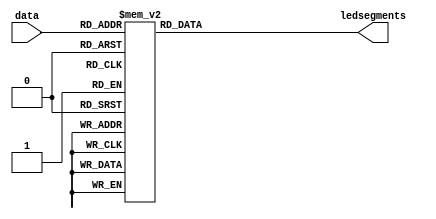
module sevenseg ( data, ledsegments);
  input [3:0] data;
  output [6:0] ledsegments;
  reg [6:0] ledsegments;
  always @ (data)
    case(data)
      // gfe_dcba // 7  LED 
      // 654_3210 // DE1-SOC 
      0: ledsegments = 7'b100_0000; // DE1-SOC 
      1: ledsegments = 7'b111_1001;
      2: ledsegments = 7'b010_0100;
      3: ledsegments = 7'b011_0000;
      4: ledsegments = 7'b001_1001;
      5: ledsegments = 7'b001_0010;
      6: ledsegments = 7'b000_0010;
      7: ledsegments = 7'b111_1000;
      8: ledsegments = 7'b000_0000;
      9: ledsegments = 7'b001_0000;
      default: ledsegments = 7'b111_1111; // 
    endcase
endmodule

module out_port_translator (value, out);
    input [31:0] value;
    output [13:0] out;
    wire [3:0] data1,data2;
	  wire [6:0] out1,out2;
    sevenseg value_display_high(data1, out1);
    sevenseg value_display_low(data2, out2);
	  assign out = { out1,out2 };
    assign data1 = value / 10;
    assign data2 = value % 10;
    // always @ (value) begin
    //     data1 = value / 10;
    //     data2 = value % 10;
    // end

endmodule